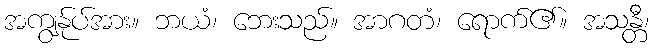
အကျွန်ုပ်အား။ ဘယံ၊ ဘေးသည်။ အာဂတံ၊ ရောက်၏။ အသန္တီ၊